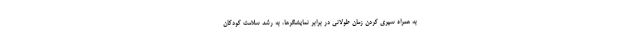
به همراه سپری کردن زمان طولانی در برابر نمایشگرها، به رشد سلامت کودکان